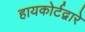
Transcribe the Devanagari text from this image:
हायकोर्टद्वारे